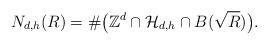
LaTeX: \begin{align*} N_{d,h}(R) = \# \big(\mathbb{Z}^d \cap \mathcal{H}_{d,h} \cap B(\sqrt{R})\big).\end{align*}